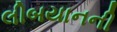
લીબયાનની